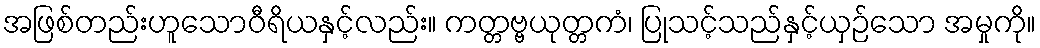
အဖြစ်တည်းဟူသောဝီရိယနှင့်လည်း။ ကတ္တဗ္ဗယုတ္တကံ၊ ပြုသင့်သည်နှင့်ယှဉ်သော အမှုကို။